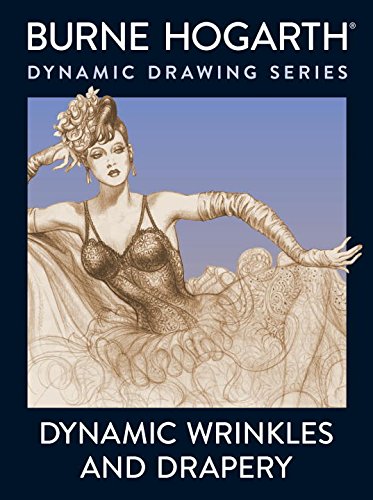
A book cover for Dynamic Wrinkles and Drapery: Solutions for Drawing the Clothed Figure; Burne Hogarth; Arts & Photography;